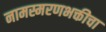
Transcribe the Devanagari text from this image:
नामस्मरणभक्तीचा